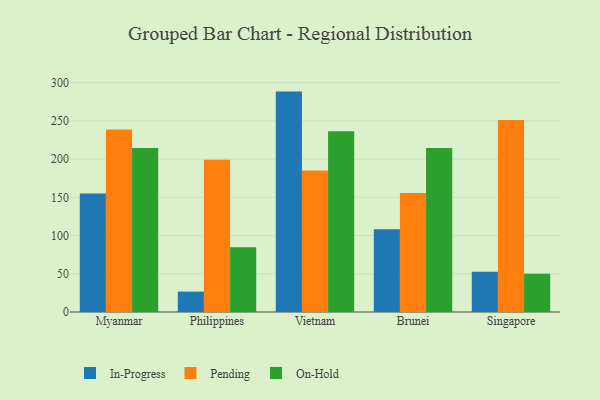
{"axis": {"x": "Country", "y": "Production Output"}, "legend": ["In-Progress", "On-Hold", "Pending"], "data": [{"x": "Myanmar", "y": 154.9, "type": "In-Progress"}, {"x": "Myanmar", "y": 238.8, "type": "Pending"}, {"x": "Myanmar", "y": 214.5, "type": "On-Hold"}, {"x": "Philippines", "y": 26.7, "type": "In-Progress"}, {"x": "Philippines", "y": 199.1, "type": "Pending"}, {"x": "Philippines", "y": 84.8, "type": "On-Hold"}, {"x": "Vietnam", "y": 288.3, "type": "In-Progress"}, {"x": "Vietnam", "y": 185.0, "type": "Pending"}, {"x": "Vietnam", "y": 236.5, "type": "On-Hold"}, {"x": "Brunei", "y": 108.1, "type": "In-Progress"}, {"x": "Brunei", "y": 155.6, "type": "Pending"}, {"x": "Brunei", "y": 214.5, "type": "On-Hold"}, {"x": "Singapore", "y": 52.6, "type": "In-Progress"}, {"x": "Singapore", "y": 251.3, "type": "Pending"}, {"x": "Singapore", "y": 50.1, "type": "On-Hold"}]}